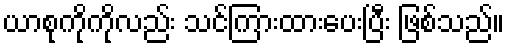
ယာစုကိုကိုလည်း သင်ကြားထားပေးပြီး ဖြစ်သည်။